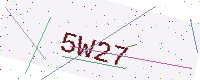
Text: 5W27